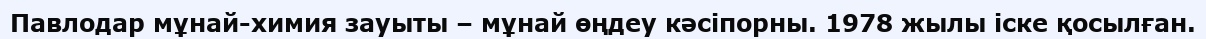
Павлодар мұнай-химия зауыты – мұнай өңдеу кәсіпорны. 1978 жылы іске қосылған.